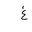
Letter: _gayn